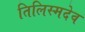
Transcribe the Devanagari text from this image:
तिलिस्मदेव